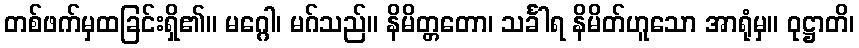
တစ်ဖက်မှထခြင်းရှိ၏။ မဂ္ဂေါ၊ မဂ်သည်။ နိမိတ္တတော၊ သင်္ခါရ နိမိတ်ဟူသော အာရုံမှ။ ဝုဋ္ဌာတိ၊